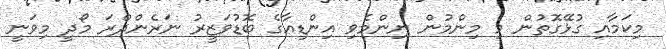
މިކަމާއި ގުޅޭގޮތުން މި މިންމުން ނިންމެވި އިންޑިއާގެ ބޮޑުވަޒީރު ނަރެންދްރަ މޯދީ މިވަނީ